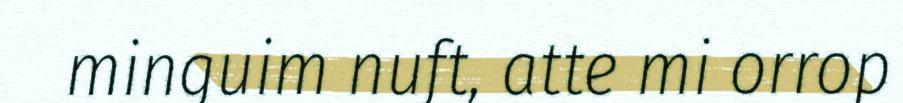
minguim nuft, atte mi orrop